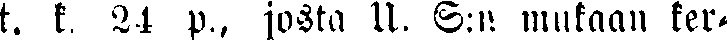
t. k 21 p., josta 11. S:n. mukaan ker-